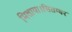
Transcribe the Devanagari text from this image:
मिलाया।सितम्बर